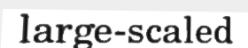
large-scaled